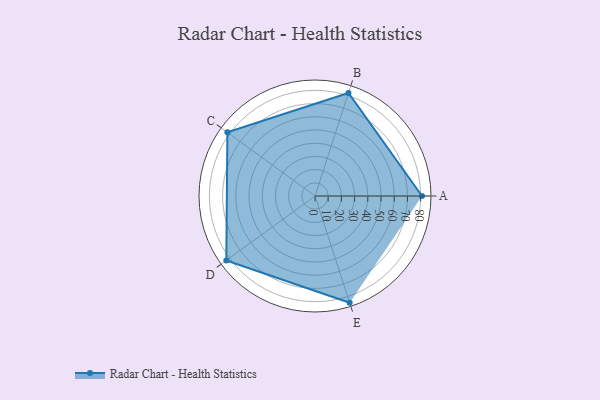
{"axis": {"x": "Skill", "y": "Score"}, "legend": ["Profile"], "data": [{"x": "A", "y": 81.0, "type": "Profile"}, {"x": "B", "y": 82.0, "type": "Profile"}, {"x": "C", "y": 82.0, "type": "Profile"}, {"x": "D", "y": 83.0, "type": "Profile"}, {"x": "E", "y": 85.0, "type": "Profile"}]}